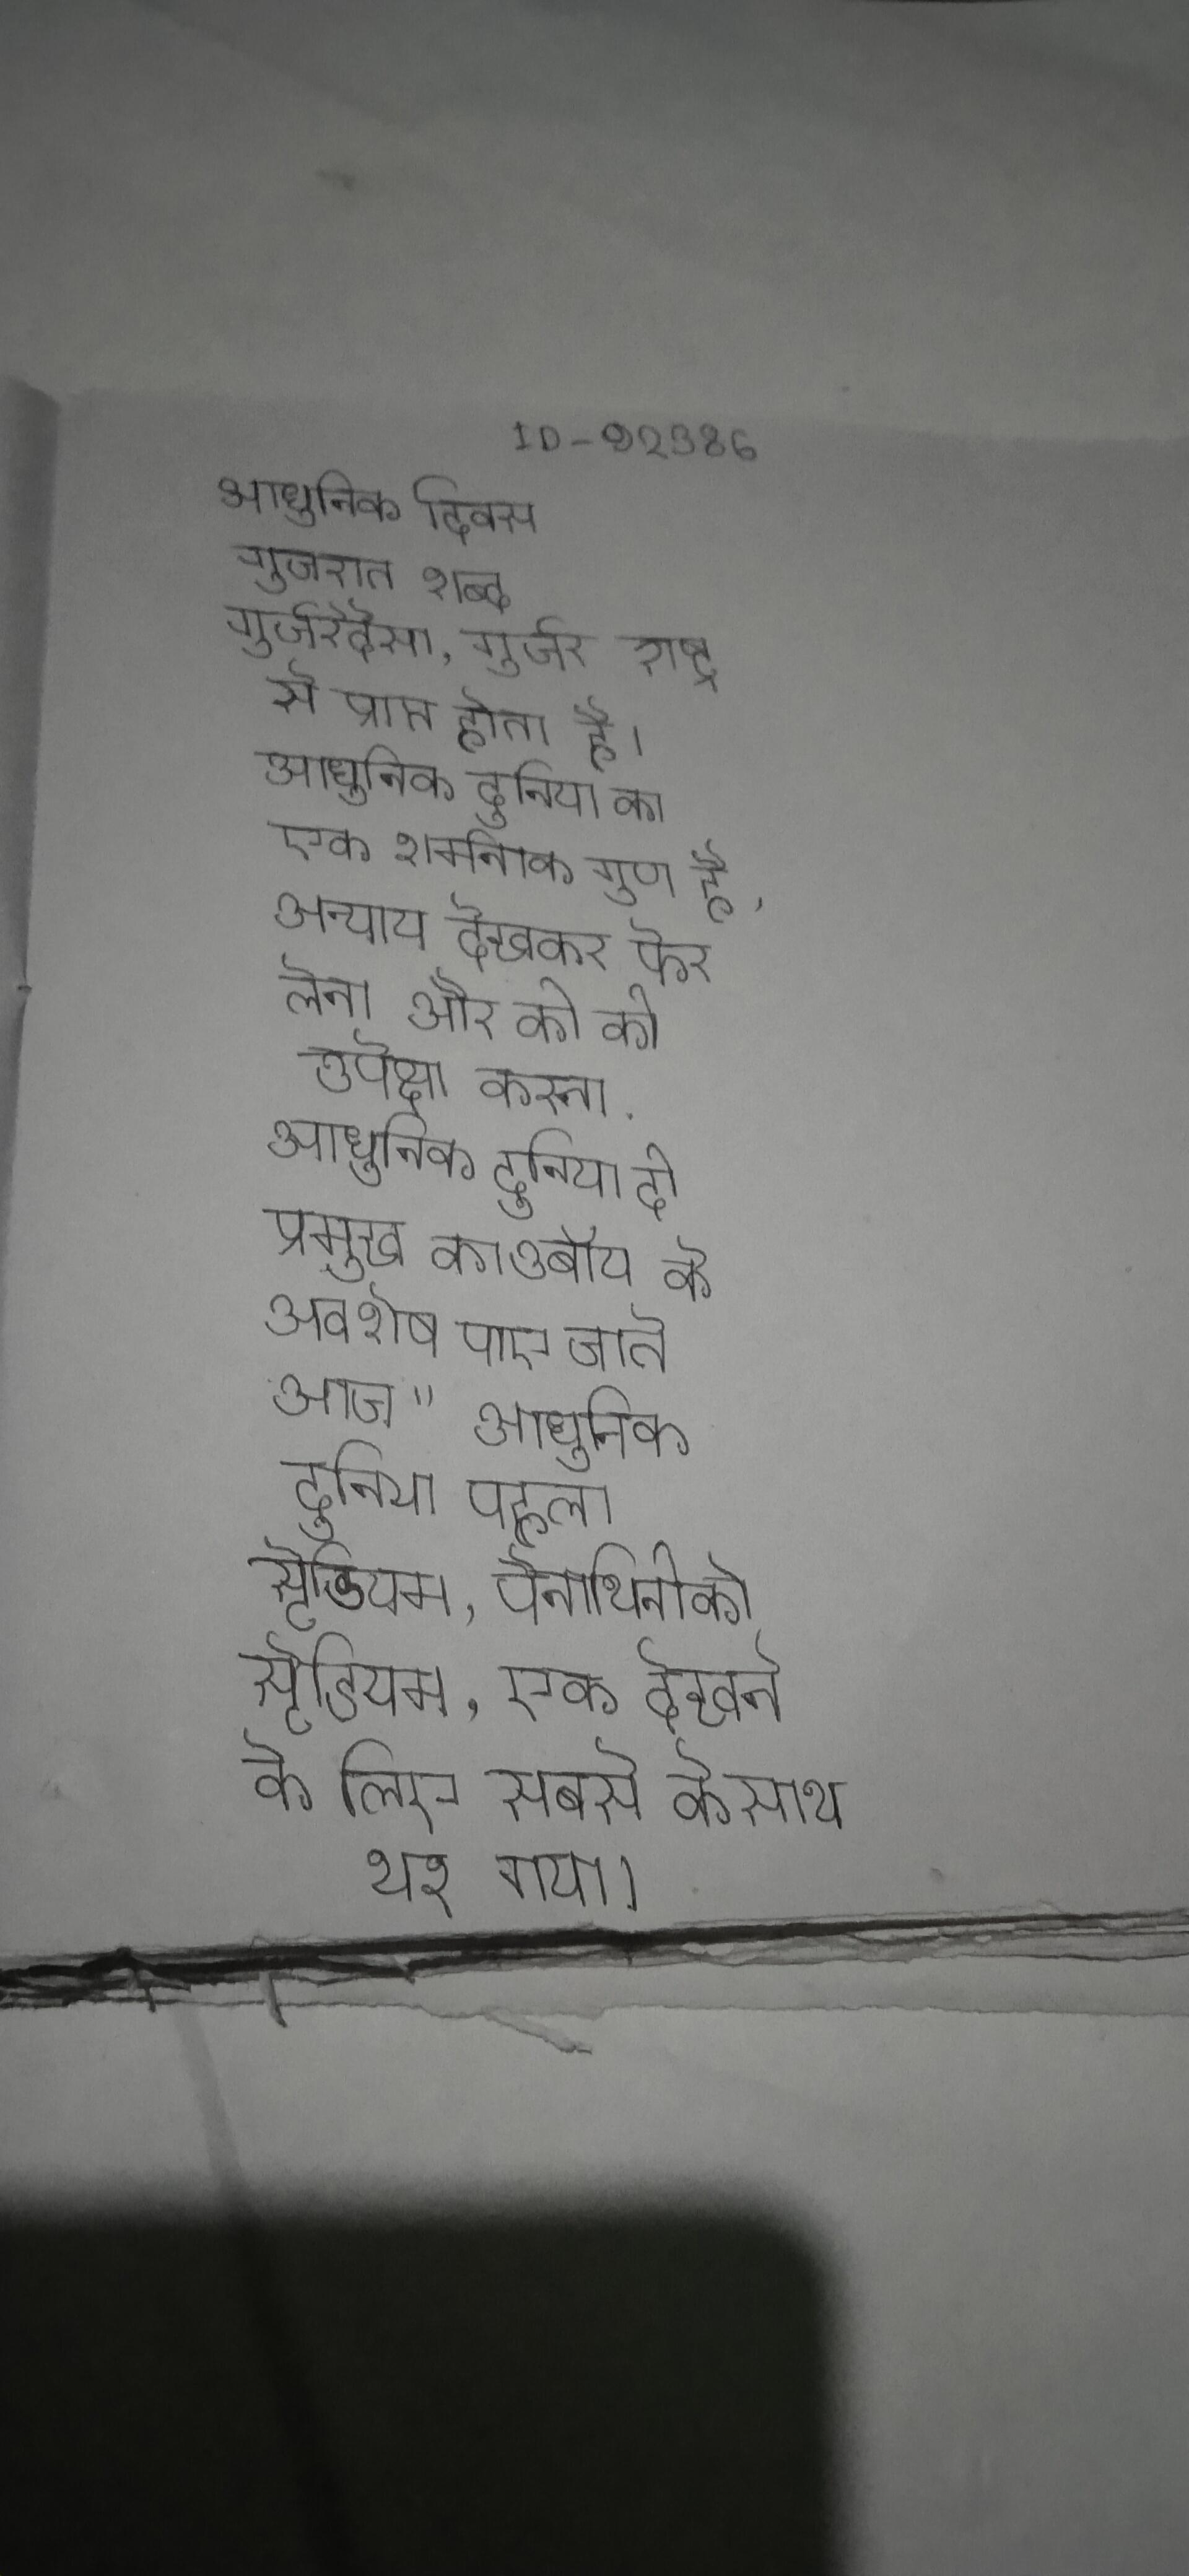
आधुनिक दिवस गुजरात शब्द गुर्जरेदेसा, गुर्जर राष्ट्र से प्राप्त होता है । आधुनिक दुनिया का एक शर्मनाक गुण है, अन्याय देखकर फेर लेना और की की उपेक्षा करना . आधुनिक दुनिया दो प्रमुख काउबॉय के अवशेष पाए जाते आज " आधुनिक दुनिया पहला स्टेडियम, पैनाथिनीको स्टेडियम, एक देखने के लिए सबसे के साथ भर गया ।